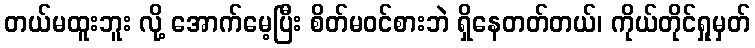
တယ်မထူးဘူး လို့ အောက်မေ့ပြီး စိတ်မဝင်စားဘဲ ရှိနေတတ်တယ်၊ ကိုယ်တိုင်ရှုမှတ်